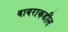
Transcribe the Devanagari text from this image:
बाबराकडील